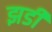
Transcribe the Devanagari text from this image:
झडी